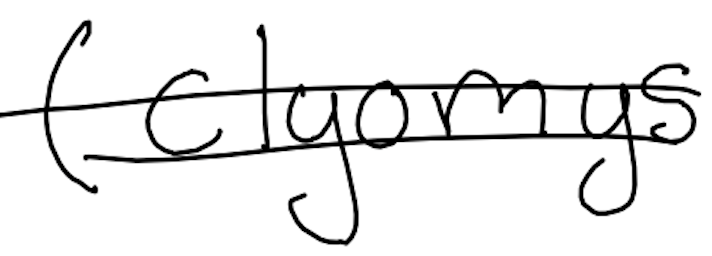
Text: (Clyomys
Cross-out: double-line
Writing tool: digital_black